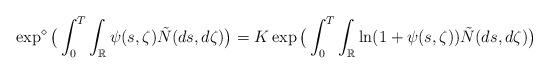
LaTeX: \begin{align*}\exp ^{\diamond} \big( \int_0^T\int_{\mathbb{R}} \psi(s,\zeta) \tilde{N}(ds,d\zeta)\big)=K \exp \big( \int_0^T\int_{\mathbb{R}} \ln (1+\psi(s,\zeta))\tilde{N}(ds,d\zeta) \big)\end{align*}